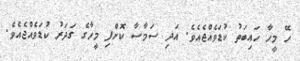
ހޭ މީހާ ހައިބަތު ކުޑަވެއްޖެއެވެ. އަދި ސަމާސާ ކޮށްފި މީހާގެ ގަދަރު ކުޑަވެއްޖެއެވެ.